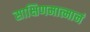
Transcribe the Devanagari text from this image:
साक्षिणमात्मानं